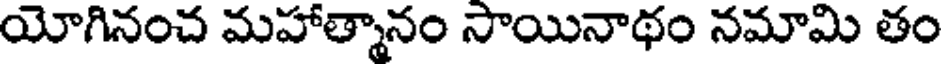
యోగినంచ మహాత్మానం సాయినాథం నమామి తం